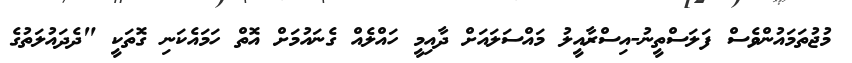
މުޖުތަމައުންވެސް ފަލަސްތީނު-އިސްރާއީލު މައްސަލައަށް ދާއިމީ ހައްލެއް ގެނައުމަށް އޮތް ހަމައެކަނި ގޮތަކީ "ދެދައުލަތުގެ